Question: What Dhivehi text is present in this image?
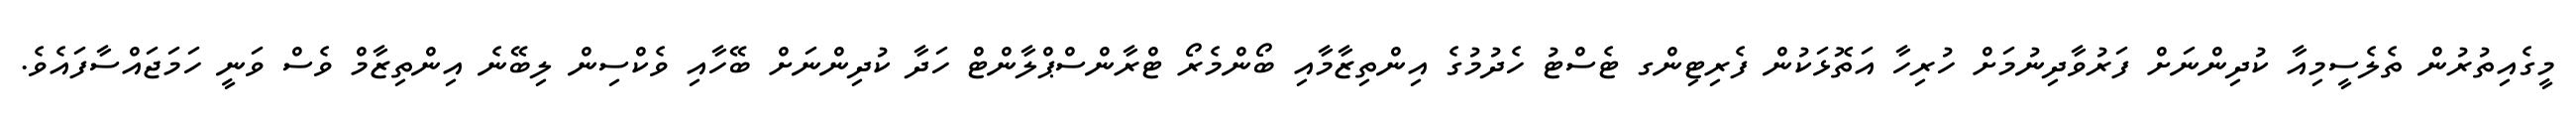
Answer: މީގެއިތުރުން ތެލެސީމިއާ ކުދިންނަށް ފަރުވާދިނުމަށް ހުރިހާ އަތޮޅަކުން ފެރިޓިންގ ޓެސްޓު ހެދުމުގެ އިންތިޒާމާއި ބޯންމެރޯ ޓްރާންސްޕްލާންޓް ހަދާ ކުދިންނަށް ބޭހާއި ވެކްސިން ލިބޭނެ އިންތިޒާމް ވެސް ވަނީ ހަމަޖައްސާފައެވެ.